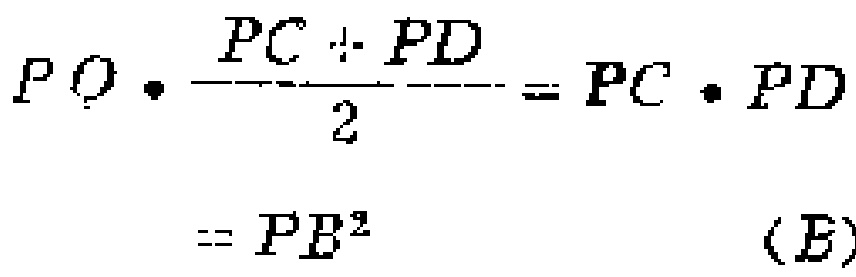
\[
\begin{align*}
PO\cdot\frac{PC + PD}{2}&=PC\cdot PD\\
&=PB^{2}\quad (E)
\end{align*}
\]